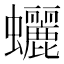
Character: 𧕯